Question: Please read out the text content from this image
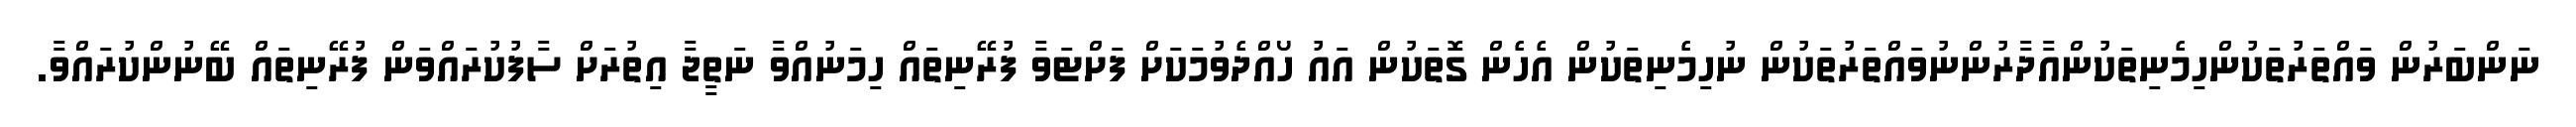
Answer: ނަންބަރުން ވައްތަރުތަކުންހިމެނިތަކުންއާދާރުންނުވައްތަރުތަކުން ނުހިމެނިތަކުން އެހެން ގޮތަކުން އައު ހޯއްދެވުމަކަށް ފަށްޓަވާ ފުރޭނިތައް ހިމަނުއްވާ ނަތީޖާ އިތުރަށް ސާފުކުރައްވަން ފުރޭނިތައް ބޭނުންކުރައްވާ.